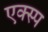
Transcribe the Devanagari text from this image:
एक्स्प